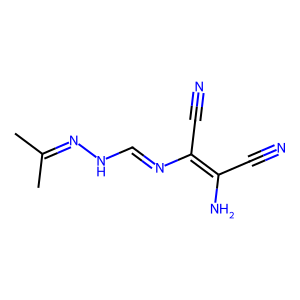
SMILES: CC(C)=NNC=NC(C#N)=C(N)C#N
Inhibits HIV replication: No